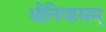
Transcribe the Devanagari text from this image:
श्रीनिवासम्‌